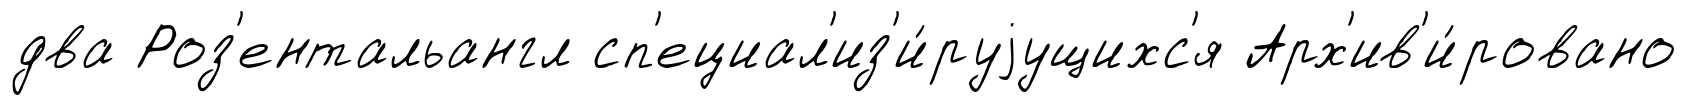
два Роз'ентальангл сп'ециал'из'и́руjущихс'я Арх'ив'и́ровано